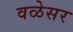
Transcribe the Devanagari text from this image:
वळेसर